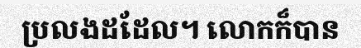
ប្រលងដដែល។ លោកក៏បាន